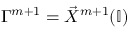
\Gamma ^ { m + 1 } = \vec { X } ^ { m + 1 } ( \mathbb { I } )